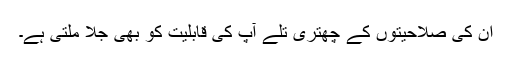
ان کی صلاحیتوں کے چھتری تلے آپ کی قابلیت کو بھی جِلا ملتی ہے۔